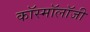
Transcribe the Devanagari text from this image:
कॉस्मॉलॉजी